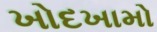
ખોદખામો